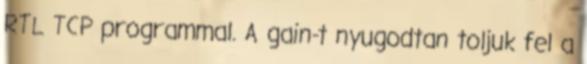
RTL TCP programmal. A gain-t nyugodtan toljuk fel a